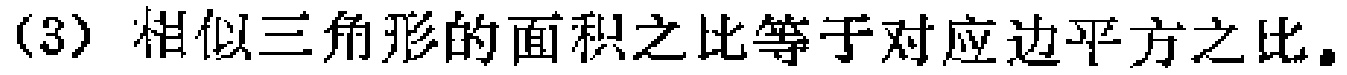
(3) 相似三角形的面积之比等于对应边平方之比。